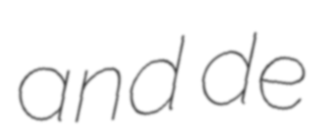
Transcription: and de